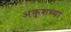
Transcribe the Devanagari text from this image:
अंकुशच्या